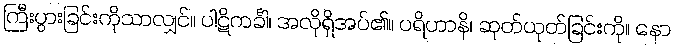
ကြီးပွားခြင်းကိုသာလျှင်။ ပါဋိကင်္ခါ၊ အလိုရှိအပ်၏။ ပရိဟာနိ၊ ဆုတ်ယုတ်ခြင်းကို။ နော